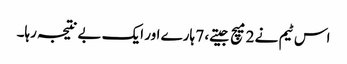
اس ٹیم نے 2 میچ جیتے، 7 ہارے اور ایک بے نتیجہ رہا۔